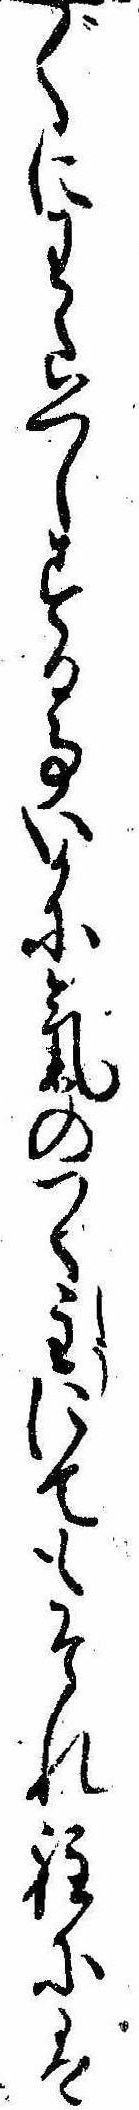
〲にわたくしする事いかに気のつく主にてもそれ程には